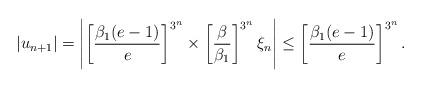
LaTeX: \begin{align*}|u_{n+1}|=\left|\left[\frac {\beta_1(e-1)}{e}\right]^{3^n}\times \left[\frac {\beta}{\beta_1}\right]^{3^n}\xi_n\right|\le \left[\frac {\beta_1(e-1)}{e}\right]^{3^n}.\end{align*}